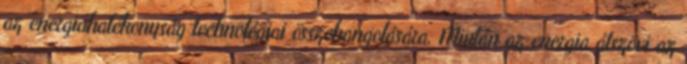
az energiahatékonyság technológiai összehangolására. Miután az energia átszövi az